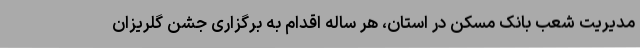
مدیریت شعب بانک مسکن در استان، هر ساله اقدام به برگزاری جشن گلریزان